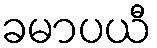
ခမာပယီ